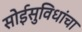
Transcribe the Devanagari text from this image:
सोईसुविधांचा